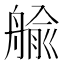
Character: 𦩞